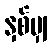
နှစ်မျှ